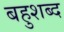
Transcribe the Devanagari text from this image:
बहुशब्द